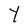
Character: Y